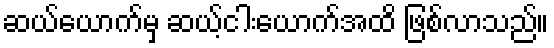
ဆယ်ယောက်မှ ဆယ့်ငါးယောက်အထိ ဖြစ်လာသည်။